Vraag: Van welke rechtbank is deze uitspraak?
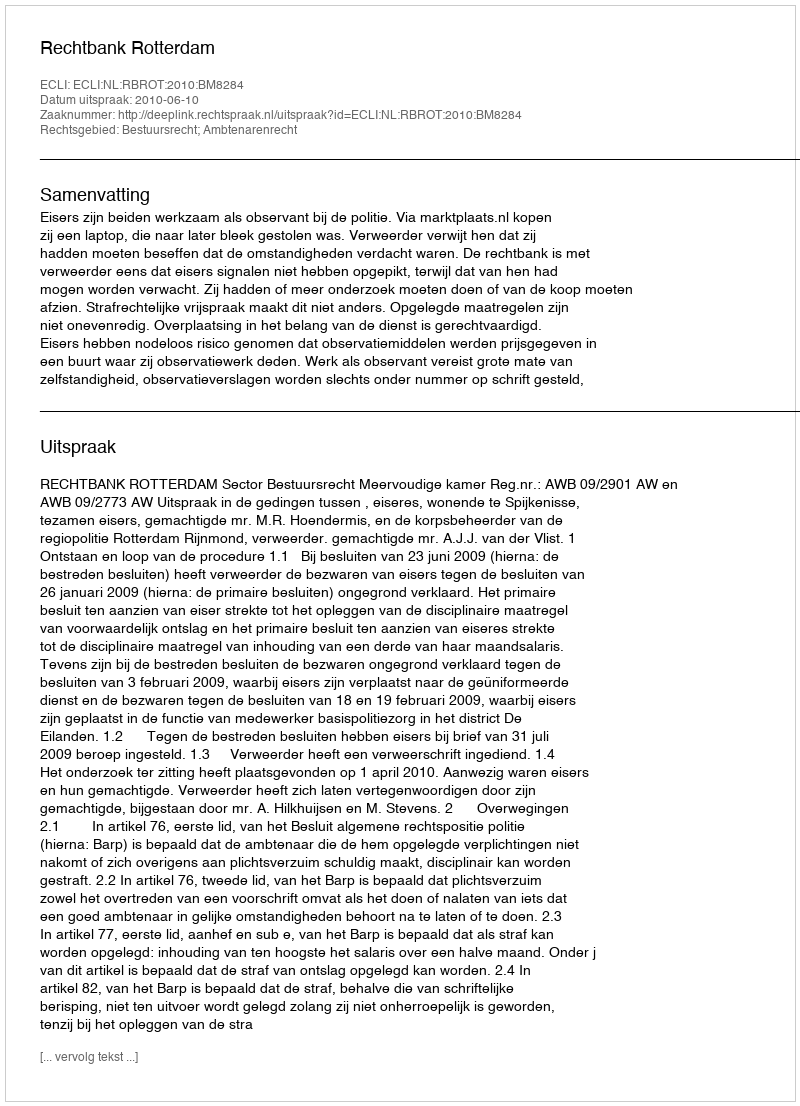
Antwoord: Rechtbank Rotterdam